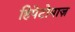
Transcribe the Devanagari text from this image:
हिपेटोमाज़